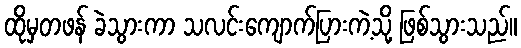
ထိုမှတဖန် ခဲသွားကာ သလင်းကျောက်ပြားကဲ့သို့ ဖြစ်သွားသည်။